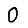
Digit: 0